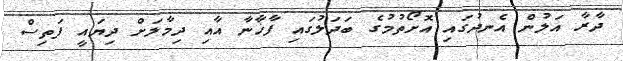
ދާރާ އަލުން އެނދުގައި އޮށޯތުމުގެ ބަދަލުގައި ފާޚާނާ އާއި ދިމާލަށް ދިޔައީ ފަތިސް